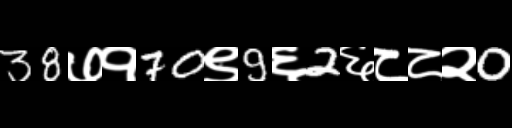
Text: 38७१70९9६2६८८२0